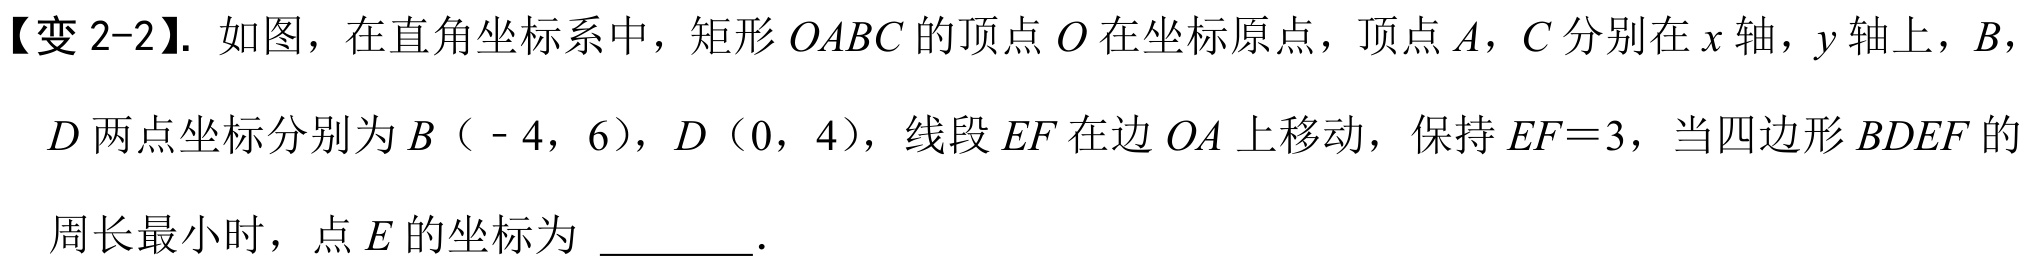
【变 2-2】. 如图，在直角坐标系中，矩形\(OABC\)的顶点\(O\)在坐标原点，顶点\(A\)，\(C\)分别在\(x\)轴，\(y\)轴上，\(B\)，
\(D\)两点坐标分别为\(B（ - 4，6）\)，\(D（0，4）\)，线段\(EF\)在边\(OA\)上移动，保持\(EF = 3\)，当四边形\(BDEF\)的
周长最小时，点\(E\)的坐标为 \_\_\_\_\_．